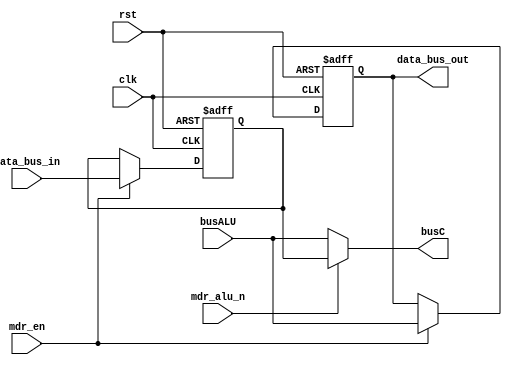
module MDR
  #( parameter DATA_WIDTH = 8)
  (
    input wire mdr_alu_n,
    input wire clk,
    input wire mdr_en,
    input wire rst,
    input wire [DATA_WIDTH-1:0] data_bus_in,
    input wire [DATA_WIDTH-1:0] busALU,
    output wire [DATA_WIDTH-1:0] data_bus_out,
    output wire [DATA_WIDTH-1:0] busC
  );

  reg [DATA_WIDTH-1:0] array_reg [1:0];

  always @(posedge clk or posedge rst) begin
    if (rst) begin
      array_reg[0] <= 8'b00000000;  
      array_reg[1] <= 8'b00000000; 
    end else if (mdr_en) begin 
      array_reg[0] <= busALU;
      array_reg[1] <= data_bus_in;
    end
  end
  
  assign busC = mdr_alu_n ? array_reg[1] : busALU;
  assign data_bus_out = array_reg[0];
endmodule